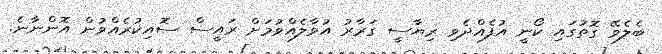
ބެލެވޭ ގޮތުގައި ކޯނީ އުފެއްދެވި ރިޔާސީ ގަރާރު އުވާލެއްވުމަށް ރައީސް ސޮއިކުރެއްވުން އޮންނާނެ.